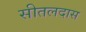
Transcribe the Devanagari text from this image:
सीतलदास